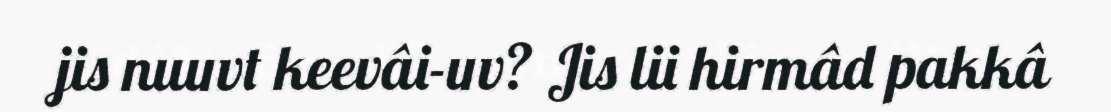
jis nuuvt keevâi-uv? Jis lii hirmâd pakkâ